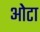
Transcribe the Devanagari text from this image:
ओेटा